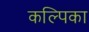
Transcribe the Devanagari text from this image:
कल्पिका